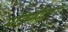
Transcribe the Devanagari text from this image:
मांडणीद्वारे